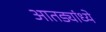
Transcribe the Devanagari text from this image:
आतड्यांध्ये